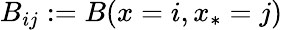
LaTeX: B_{ij}:=B(x=i,x_{*}=j)